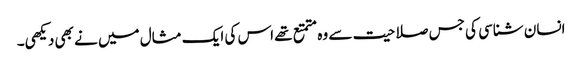
انسان شناسی کی جس صلاحیت سے وہ متمتع تھے اس کی ایک مثال میں نے بھی دیکھی۔